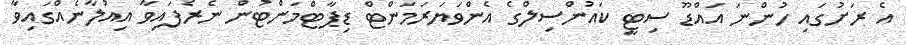
އެ ރަށުގައި ހުންނަ އައްޑޫ ސިޓީ ކައުންސިލްގެ އެންވަޔަރަމަންޓް ޑިޕާޓްމަންޓުން ނެރެފައިވާ އިއުލާނެއްގައިވާ